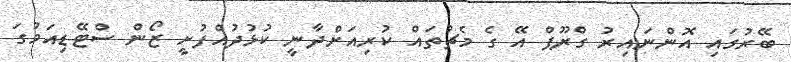
ބޭރުގައި އޮންނައިރު ގްރޫޕް އޭ ގެ މެޗުތައް ކުރިއަށްދާނީ ކުޅުދުއްފުށީ ޒޯން ސްޓޭޑިއަމުގަ